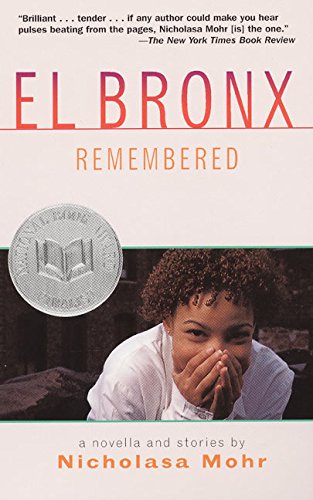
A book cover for El Bronx Remembered; Nicholasa Mohr; Teen & Young Adult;